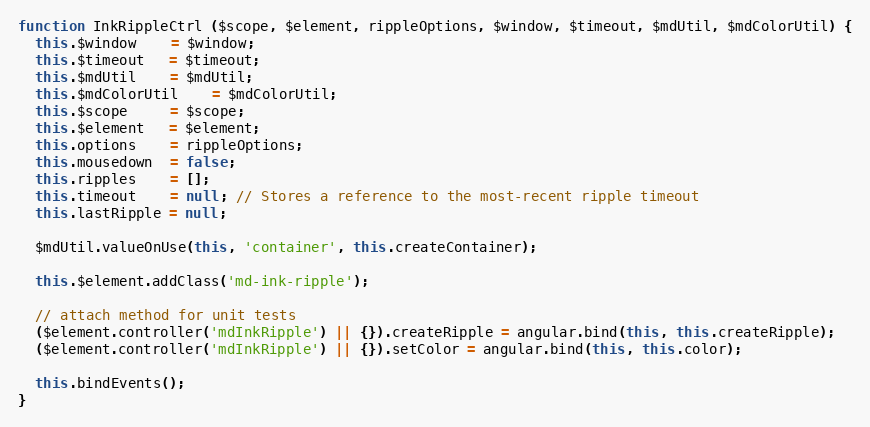
Language: JavaScript
function InkRippleCtrl ($scope, $element, rippleOptions, $window, $timeout, $mdUtil, $mdColorUtil) {
  this.$window    = $window;
  this.$timeout   = $timeout;
  this.$mdUtil    = $mdUtil;
  this.$mdColorUtil    = $mdColorUtil;
  this.$scope     = $scope;
  this.$element   = $element;
  this.options    = rippleOptions;
  this.mousedown  = false;
  this.ripples    = [];
  this.timeout    = null; // Stores a reference to the most-recent ripple timeout
  this.lastRipple = null;

  $mdUtil.valueOnUse(this, 'container', this.createContainer);

  this.$element.addClass('md-ink-ripple');

  // attach method for unit tests
  ($element.controller('mdInkRipple') || {}).createRipple = angular.bind(this, this.createRipple);
  ($element.controller('mdInkRipple') || {}).setColor = angular.bind(this, this.color);

  this.bindEvents();
}